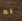
به